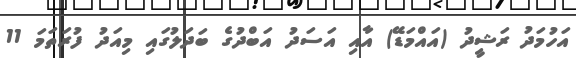
އަހުމަދު ރަޝީދު (އައްމަޑޭ) އާއި އަސަދު އަބްދުގެ ބަދަލުގައި މިއަދު ފުރަތަމަ 11